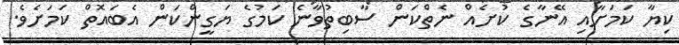
ކިޔާ ކަމަށާއި އޭނާގެ ކުށެއް ނެތްކަން ސާބިތުވާނެ ކަމުގެ ޔަގީންކަން އެބައޮތް ކަމަށެވެ.